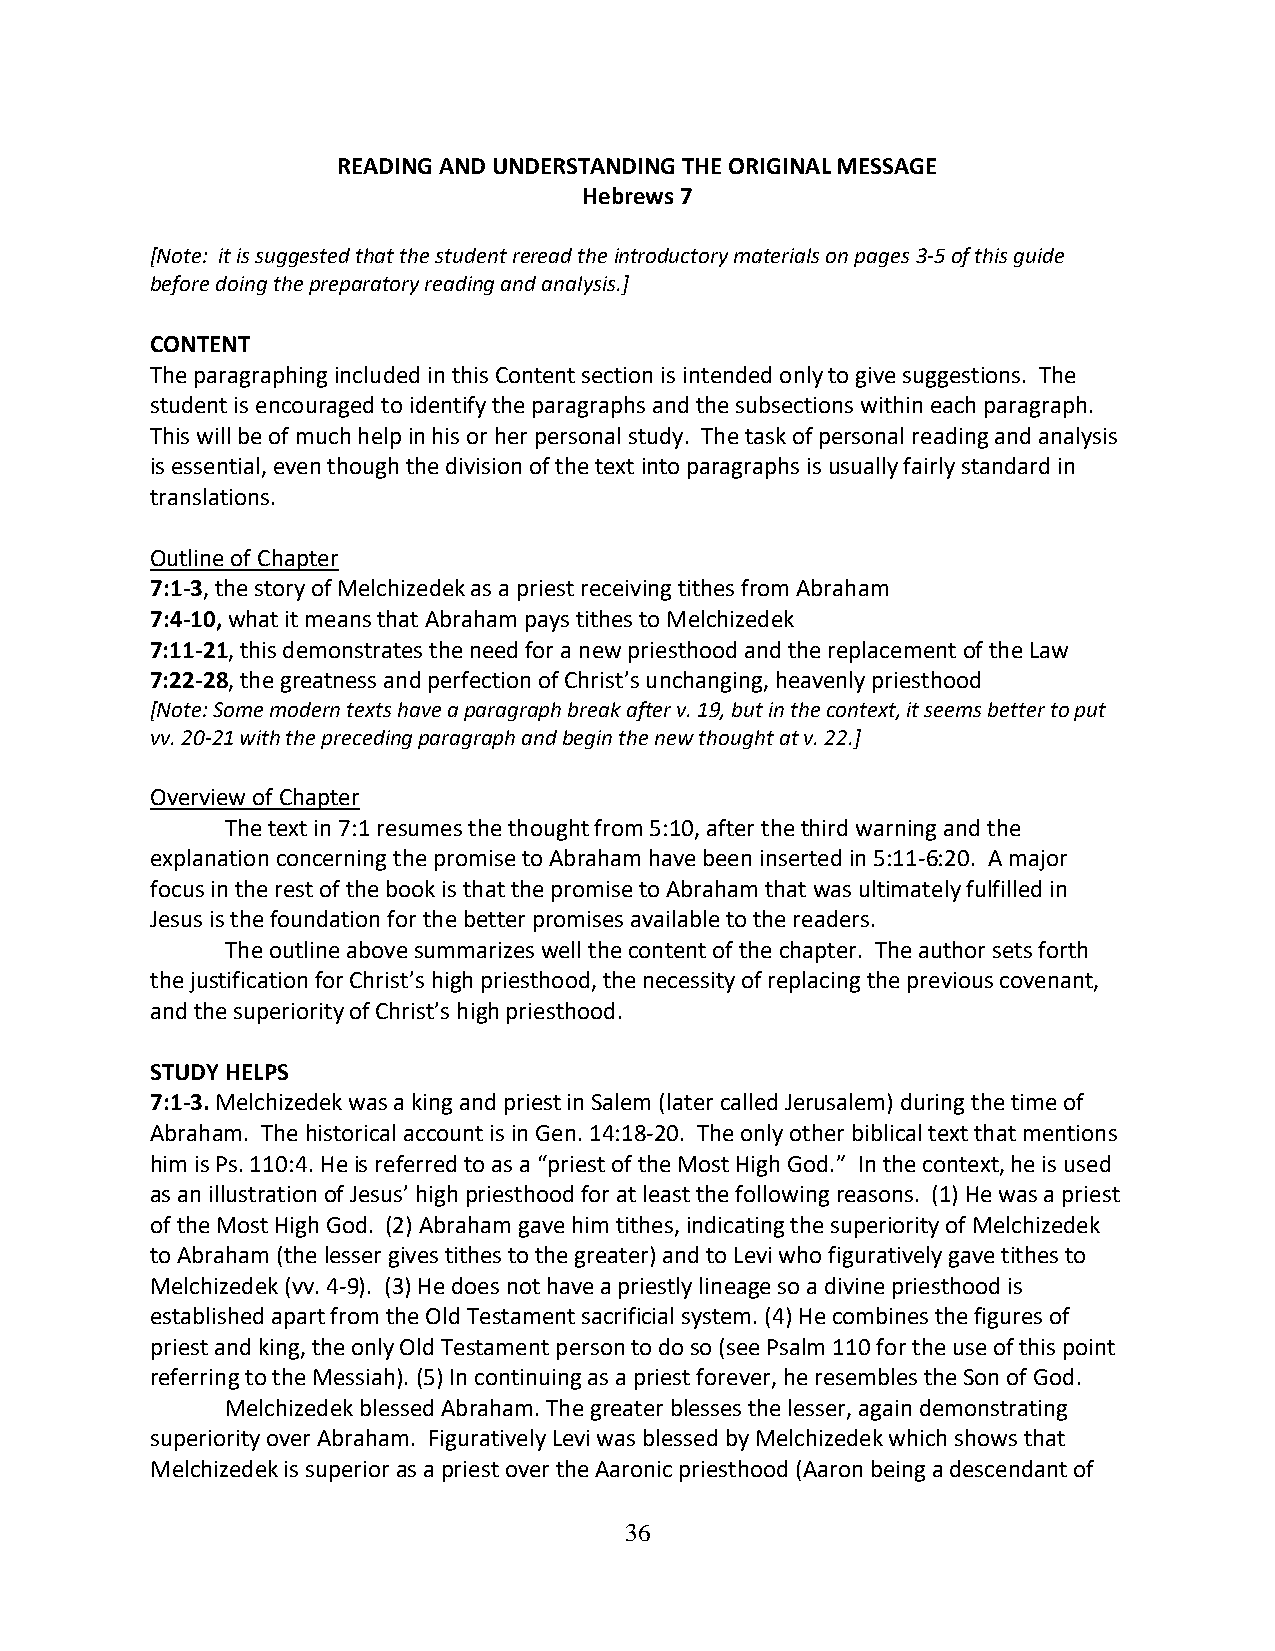
READING AND UNDERSTANDING THE ORIGINAL MESSAGE
 Hebrews 7
 [Note: it is suggested that the student reread the introductory materials on pages 3-5 of this guide
 before doing the preparatory reading and analysis.]
 CONTENT
 The paragraphing included in this Content section is intended only to give suggestions. The
 student is encouraged to identify the paragraphs and the subsections within each paragraph.
 This will be of much help in his or her personal study. The task of personal reading and analysis
 is essential, even though the division of the text into paragraphs is usually fairly standard in
 translations.
 Outline of Chapter
 7:1-3, the story of Melchizedek as a priest receiving tithes from Abraham
 7:4-10, what it means that Abraham pays tithes to Melchizedek
 7:11-21, this demonstrates the need for a new priesthood and the replacement of the Law
 7:22-28, the greatness and perfection of Christ’s unchanging, heavenly priesthood
 [Note: Some modern texts have a paragraph break after v. 19, but in the context, it seems better to put
 vv. 20-21 with the preceding paragraph and begin the new thought at v. 22.]
 Overview of Chapter
 The text in 7:1 resumes the thought from 5:10, after the third warning and the
 explanation concerning the promise to Abraham have been inserted in 5:11-6:20. A major
 focus in the rest of the book is that the promise to Abraham that was ultimately fulfilled in
 Jesus is the foundation for the better promises available to the readers.
 The outline above summarizes well the content of the chapter. The author sets forth
 the justification for Christ’s high priesthood, the necessity of replacing the previous covenant,
 and the superiority of Christ’s high priesthood.
 STUDY HELPS
 7:1-3. Melchizedek was a king and priest in Salem (later called Jerusalem) during the time of
 Abraham. The historical account is in Gen. 14:18-20. The only other biblical text that mentions
 him is Ps. 110:4. He is referred to as a “priest of the Most High God.” In the context, he is used
 as an illustration of Jesus’ high priesthood for at least the following reasons. (1) He was a priest
 of the Most High God. (2) Abraham gave him tithes, indicating the superiority of Melchizedek
 to Abraham (the lesser gives tithes to the greater) and to Levi who figuratively gave tithes to
 Melchizedek (vv. 4-9). (3) He does not have a priestly lineage so a divine priesthood is
 established apart from the Old Testament sacrificial system. (4) He combines the figures of
 priest and king, the only Old Testament person to do so (see Psalm 110 for the use of this point
 referring to the Messiah). (5) In continuing as a priest forever, he resembles the Son of God.
 Melchizedek blessed Abraham. The greater blesses the lesser, again demonstrating
 superiority over Abraham. Figuratively Levi was blessed by Melchizedek which shows that
 Melchizedek is superior as a priest over the Aaronic priesthood (Aaron being a descendant of
 36